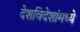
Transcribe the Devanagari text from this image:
देशविदेशांमध्ये